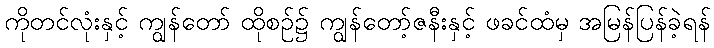
ကိုတင်လုံးနှင့် ကျွန်တော် ထိုစဉ်၌ ကျွန်တော့်ဇနီးနှင့် ဖခင်ထံမှ အမြန်ပြန်ခဲ့ရန်